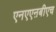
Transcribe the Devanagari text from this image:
एनएएऩबीएच